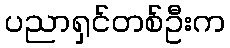
ပညာရှင်တစ်ဦးက